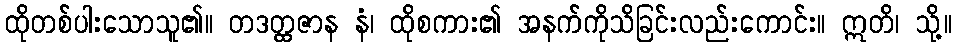
ထိုတစ်ပါးသောသူ၏။ တဒတ္ထဇာန နံ၊ ထိုစကား၏ အနက်ကိုသိခြင်းလည်းကောင်း။ ဣတိ၊ သို့။